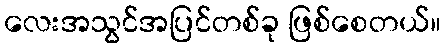
လေးအသွင်အပြင်တစ်ခု ဖြစ်စေတယ်။